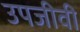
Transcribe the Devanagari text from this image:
उपजीवी